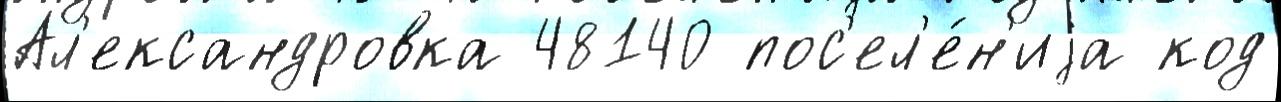
Ал'ександровка 48140 пос'ел'е́н'иjа код